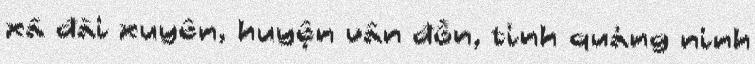
xã đài xuyên, huyện vân đồn, tỉnh quảng ninh